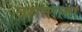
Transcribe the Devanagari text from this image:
वसंताला